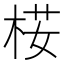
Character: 𣒢